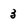
Character: 3